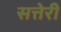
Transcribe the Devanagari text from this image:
सत्तेरी